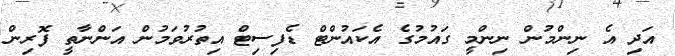
އަދި އެ ނިންމުން ނިންމީ ގައުމުގެ އެކައުންޓް ޑެފިސިޓް އިތުރުވަމުން އަންނާތީ ފޮރިން